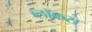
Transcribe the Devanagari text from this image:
ब्लॉकस